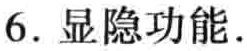
6. 显隐功能.